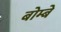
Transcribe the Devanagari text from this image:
बोम्‍बे